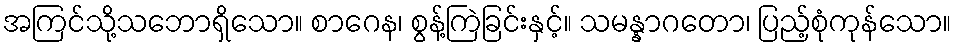
အကြင်သို့သဘောရှိသော။ စာဂေန၊ စွန့်ကြဲခြင်းနှင့်။ သမန္နာဂတော၊ ပြည့်စုံကုန်သော။